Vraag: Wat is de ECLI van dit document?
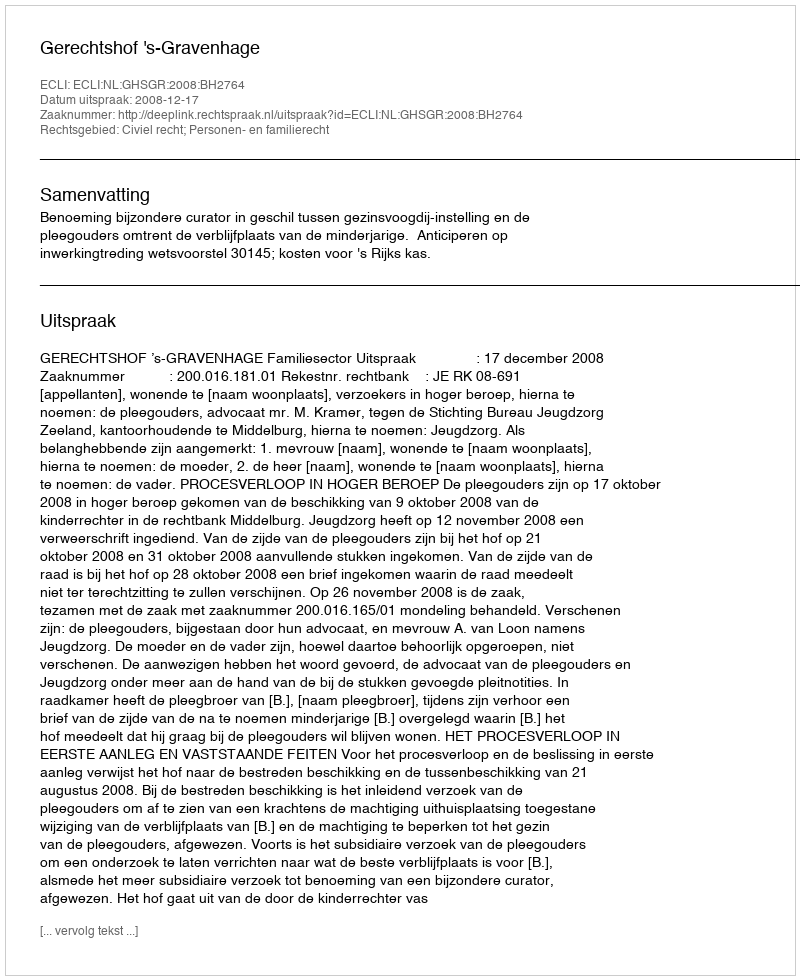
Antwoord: ECLI:NL:GHSGR:2008:BH2764